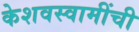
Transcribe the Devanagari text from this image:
केशवस्वामींची